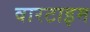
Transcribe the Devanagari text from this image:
वारटाइम